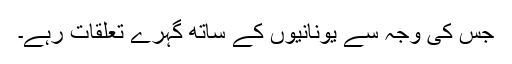
جس کی وجہ سے یونانیوں کے ساتھ گہرے تعلقات رہے۔